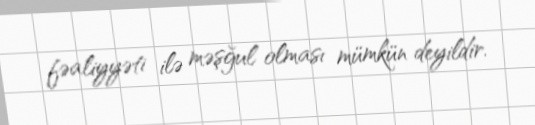
fəaliyyəti ilə məşğul olması mümkün deyildir.